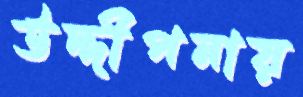
উদ্দীপনায়